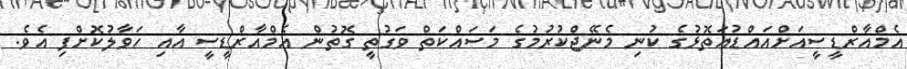
އެމްއާރްޑީސީއަށްއައްޑުއަތޮޅުގެ ކުނި މެނޭޖްކުރުމުގެ މަސައްކަތް ވަގުތީ ގޮތުން އެމްއާރްޑީސީ އާއި ހަވާލުކޮށްފި އެވެ.